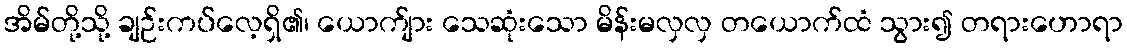
အိမ်တို့သို့ ချဉ်းကပ်လေ့ရှိ၏၊ ယောက်ျား သေဆုံးသော မိန်းမလှလှ တယောက်ထံ သွား၍ တရားဟောရာ